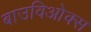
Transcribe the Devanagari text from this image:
बाउविओक्स